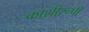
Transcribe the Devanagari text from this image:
काशीरूपी